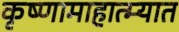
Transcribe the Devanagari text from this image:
कृष्णामाहात्म्यात